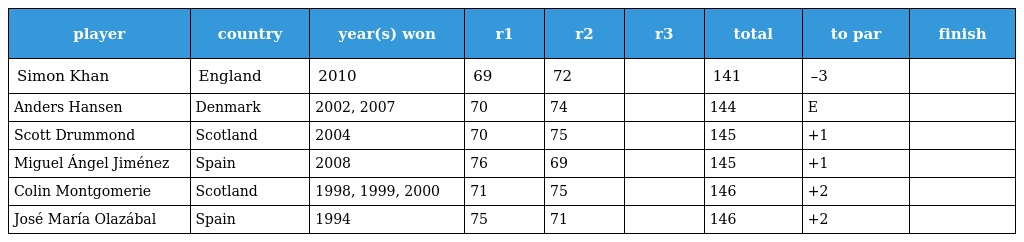
| player | country | year(s) won | r1 | r2 | r3 | total | to par | finish |
 | --- | --- | --- | --- | --- | --- | --- | --- | --- |
 | Simon Khan | England | 2010 | 69 | 72 |  | 141 | –3 |  |
 | Anders Hansen | Denmark | 2002, 2007 | 70 | 74 |  | 144 | E |  |
 | Scott Drummond | Scotland | 2004 | 70 | 75 |  | 145 | +1 |  |
 | Miguel Ángel Jiménez | Spain | 2008 | 76 | 69 |  | 145 | +1 |  |
 | Colin Montgomerie | Scotland | 1998, 1999, 2000 | 71 | 75 |  | 146 | +2 |  |
 | José María Olazábal | Spain | 1994 | 75 | 71 |  | 146 | +2 |  |